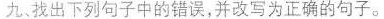
九、找出下列句子中的错误，并改写为正确的句子。